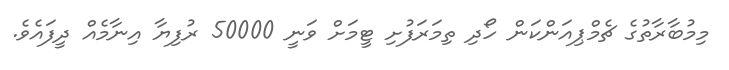
މިމުބާރާތުގެ ޗެމްޕިއަންކަން ހޯދި ތިމަރަފުށި ޓީމަށް ވަނީ 50000 ރުފިޔާ އިނާމެއް ދީފައެވެ.